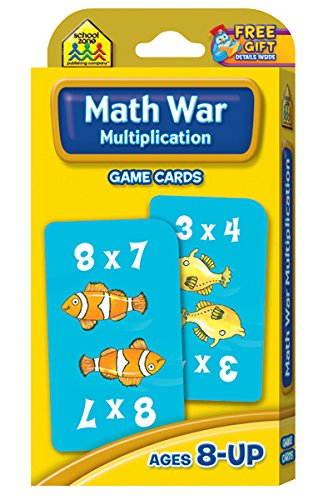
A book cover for Math War Multiplication Game Cards; Children's Books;